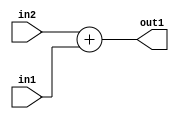
`timescale 1ps / 1ps
/*****************************************************************************
    Verilog RTL Description
    
    
    Created by: Stratus DpOpt 2019.1.01 
*******************************************************************************/

module st_weight_addr_gen_Add_32Ux16U_32U_4_10 (
	in2,
	in1,
	out1
	); /* architecture "behavioural" */ 
input [31:0] in2;
input [15:0] in1;
output [31:0] out1;
wire [31:0] asc001;

assign asc001 = 
	+(in2)
	+(in1);

assign out1 = asc001;
endmodule

/* CADENCE  ubP2Sgg= : u9/ySgnWtBlWxVPRXgAZ4Og= ** DO NOT EDIT THIS LINE ******/